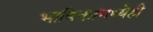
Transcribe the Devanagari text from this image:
भाषिकांमध्येही